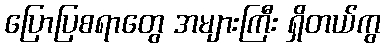
ပြောပြစရာတွေ အများကြီး ရှိတယ်ကွ